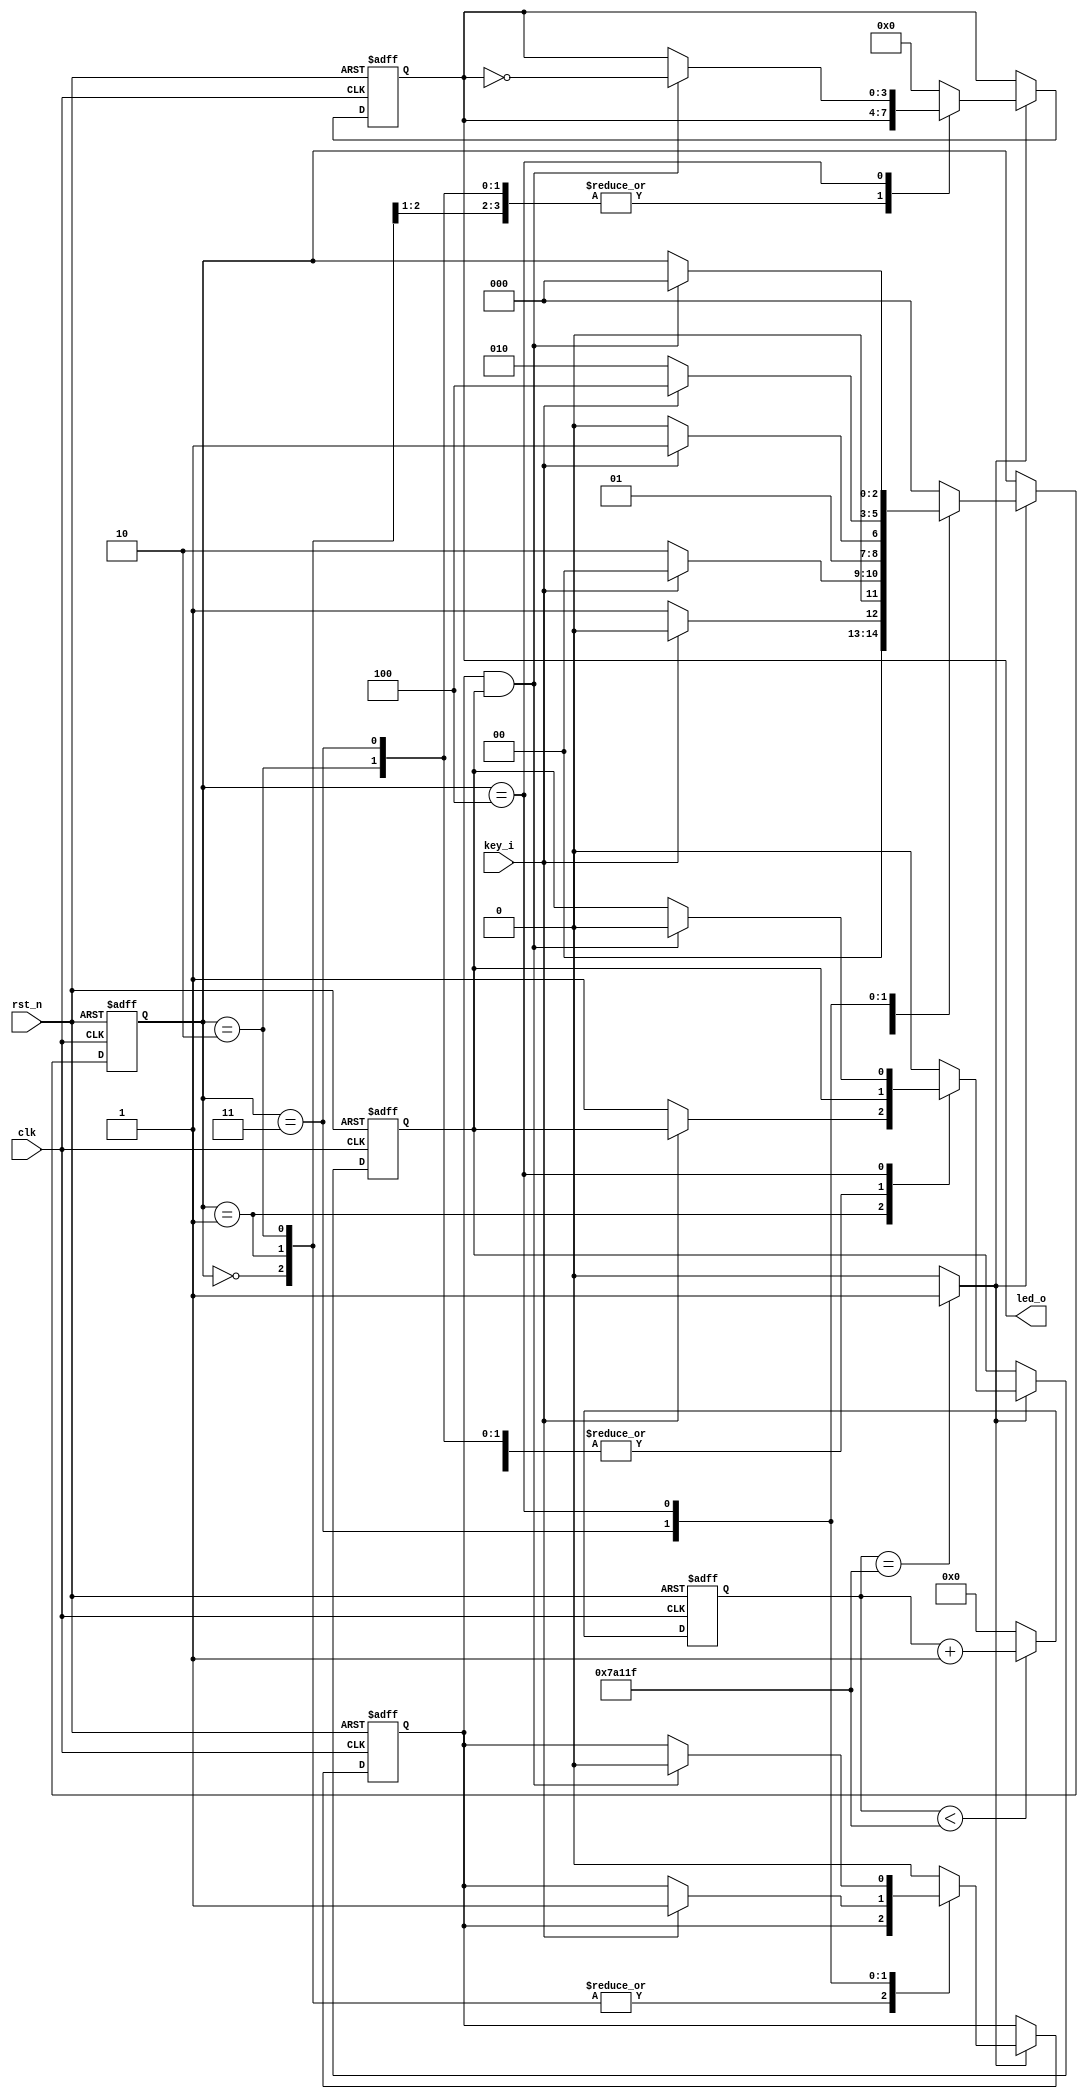
`timescale 1ns / 1ps
//////////////////////////////////////////////////////////////////////////////////
// Company:
// Engineer:
//
// Design Name:
// Module Name: key_shake
// Project Name:
// Target Devices:
// Tool Versions:
// Description:
//
// Dependencies:
//
// Revision:
// Revision 0.01 - File Created
// Additional Comments:
//
//////////////////////////////////////////////////////////////////////////////////


module key_shake(
    input clk,
    input rst_n,
    input key_i,
    output [3:0] led_o
    );
    
localparam DELAY_Param=19'd499_999;
reg[3:0] led_o_r;
reg [18:0] div_cnt;

always @ (posedge clk or negedge rst_n) begin
    if (!rst_n) begin
        div_cnt <= 19'd0;
    end
    else if ( div_cnt < DELAY_Param) begin
        div_cnt <= div_cnt + 1'b1;
    end
    else begin
        div_cnt <= 0;
    end
end    

wire delay_10ms = (div_cnt == DELAY_Param) ? 1'b1 : 1'b0;

localparam DETECTER1 = 3'b000;
localparam DETECTER2 = 3'b001;
localparam DETECTER3 = 3'b010;
localparam DETECTER4 = 3'b011;
localparam LED_DIS   = 3'b100;

reg low_flag;
reg high_flag;
reg [2:0] key_state;

always @ (posedge clk or negedge rst_n) begin
    if (!rst_n) begin
        key_state <= DETECTER1;
        low_flag <= 0;
        high_flag <= 0;
        led_o_r <= 4'b1111;
    end
    else if (delay_10ms) begin
        case(key_state)
            DETECTER1: begin
                if (key_i != 1'b1) begin
                    key_state <= DETECTER2;
                end
                else begin
                    key_state <= DETECTER1;
                end
            end
            DETECTER2: begin
                if (key_i != 1'b1) begin
                    low_flag <= 1'b1;
                    key_state <= DETECTER3;
                end
                else begin
                    key_state <= DETECTER1;
                    low_flag <= low_flag;
                end
            end
            DETECTER3: begin
                if (key_i == 1'b1) begin
                    key_state <= DETECTER4;
                end
                else begin
                    key_state <= DETECTER3;
                end
            end
            DETECTER4: begin
                if (key_i == 1'b1) begin
                    high_flag <= 1'b1;
                    key_state <= LED_DIS;
                end
                else begin
                    high_flag <= high_flag;
                    key_state <= DETECTER3;
                end
            end
            LED_DIS: begin
                if (high_flag & low_flag) begin
                    key_state <= DETECTER1;
                    led_o_r <= ~led_o_r;
                    high_flag <= 1'b0;
                    low_flag <= 1'b0;
                end
                else begin
                    led_o_r <= led_o_r;
                    key_state <= key_state;
                    high_flag <= high_flag;
                    low_flag <= low_flag;
                end
            end
            default: begin
                key_state <= DETECTER1;
                led_o_r <= 0;
                high_flag <= 0;
                low_flag <= 0;
            end
        endcase
    end
    else begin
        key_state <= key_state;
        led_o_r <= led_o_r;
        high_flag <= high_flag;
        low_flag <= low_flag;
    end
end

assign led_o = led_o_r;

endmodule